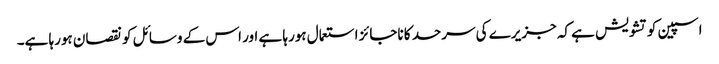
اسپین کو تشویش ہے کہ جزیرے کی سرحد کا ناجائز استعمال ہورہا ہے اور اس کے وسائل کو نقصان ہورہا ہے۔